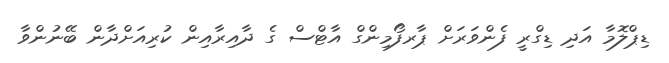
ޑިޕްލޮމާ އަދި ޑިގްރީ ފެންވަރަށް ޕާރފޯމިންގް އާޓްސް ގެ ދާއިރާއިން ކުރިއަށްދާން ބޭނުންވާ